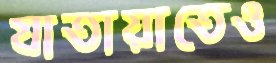
যাতায়াতেও